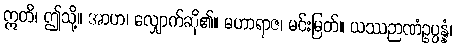
ဣတိ၊ ဤသို့။ အာဟ၊ လျှောက်ဆို၏။ မဟာရာဇ၊ မင်းမြတ်။ ယဿဉာဏံဥပ္ပန္နံ၊